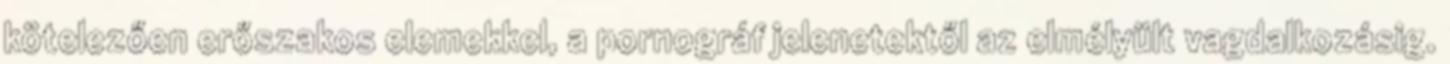
kötelezően erőszakos elemekkel, a pornográf jelenetektől az elmélyült vagdalkozásig.